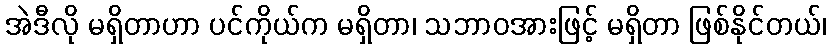
အဲဒီလို မရှိတာဟာ ပင်ကိုယ်က မရှိတာ၊ သဘာဝအားဖြင့် မရှိတာ ဖြစ်နိုင်တယ်၊